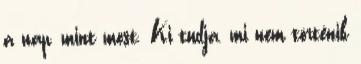
a nap, mint most. Ki tudja, mi nem történik